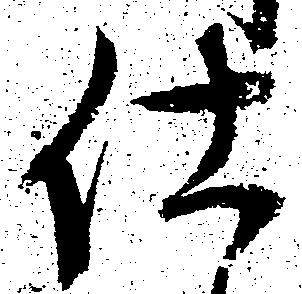
仕